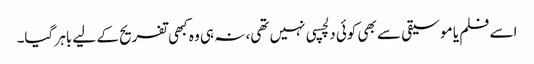
اسے فلم یا موسیقی سے بھی کوئی دلچسپی نہیں تھی، نہ ہی وہ کبھی تفریح کے لیے باہر گیا۔